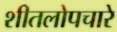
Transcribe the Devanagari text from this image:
शीतलोपचारे